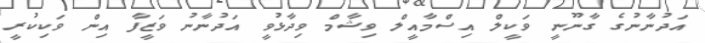
އަދުނާނުގެ ގާނޫނީ ވަކީލް އިސްމާއީލް ވިޝާމް ވިދާޅުވީ އަދުނާނު ވަޒީފާ އިން ވަކިކުރީ